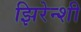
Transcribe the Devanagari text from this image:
झिरेन्शी